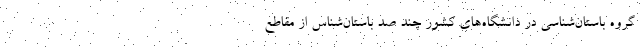
گروه باستان‌شناسی در دانشگاه‌های کشور چند صد باستان‌شناس از مقاطع